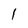
Character: 1